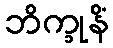
ဘိက္ခုနိံ